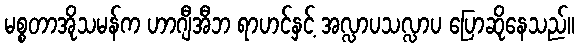
မစ္စတာအိုသမန်က ဟာဂျီအီဘ ရာဟင်နှင့် အလ္လာပသလ္လာပ ပြောဆိုနေသည်။